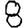
Digit: 8